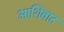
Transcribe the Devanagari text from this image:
आर्शिवाद